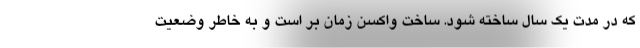
که در مدت یک سال ساخته شود. ساخت واکسن زمان بر است و به خاطر وضعیت